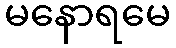
မနောရမေ